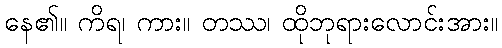
နေ၏။ ကိရ၊ ကား။ တဿ၊ ထိုဘုရားလောင်းအား။